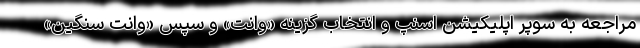
مراجعه به سوپر اپلیکیشن اسنپ و انتخاب گزینه «وانت» و سپس «وانت سنگین»